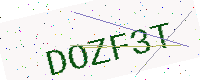
Text: DOZF3T